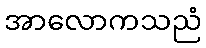
အာလောကသညံ